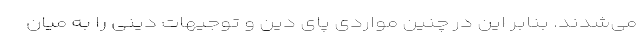
می‌شدند. بنابر این در چنین مواردی پای دین و توجیهات دینی را به میان